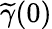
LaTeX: \widetilde\gamma(0)